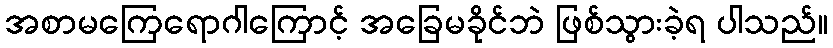
အစာမကြေရောဂါကြောင့် အခြေမခိုင်ဘဲ ဖြစ်သွားခဲ့ရ ပါသည်။